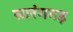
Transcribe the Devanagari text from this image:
सारंगगढ़